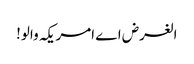
الغرض اے امریکہ والو!